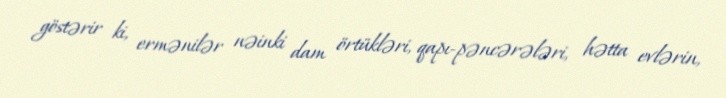
göstərir ki, ermənilər nəinki dam örtükləri, qapı-pəncərələri, hətta evlərin,